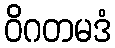
ဝိဂတမဒံ